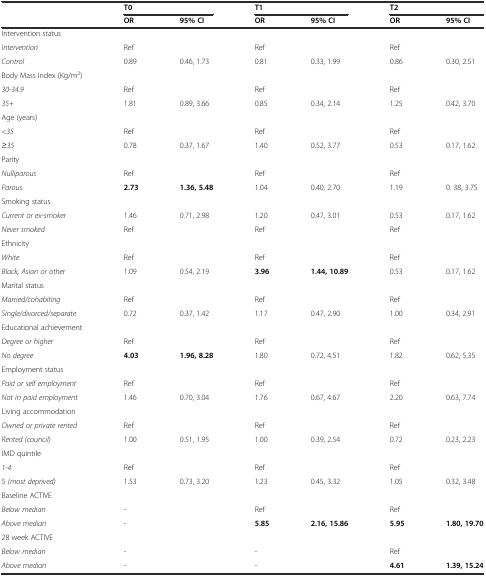
<table><thead><tr><td></td><td colspan="2"><b>T0</b></td><td colspan="2"><b>T1</b></td><td colspan="2"><b>T2</b></td></tr><tr><td></td><td><b>OR</b></td><td><b>95% CI</b></td><td><b>OR</b></td><td><b>95% CI</b></td><td><b>OR</b></td><td><b>95% CI</b></td></tr></thead><tbody><tr><td>Intervention status</td><td></td><td></td><td></td><td></td><td></td><td></td></tr><tr><td><i>Intervention</i></td><td>Ref</td><td></td><td>Ref</td><td></td><td>Ref</td><td></td></tr><tr><td><i>Control</i></td><td>0.89</td><td>0.46, 1.73</td><td>0.81</td><td>0.33, 1.99</td><td>0.86</td><td>0.30, 2.51</td></tr><tr><td>Body Mass Index (Kg/m<sup>2</sup>)</td><td></td><td></td><td></td><td></td><td></td><td></td></tr><tr><td><i>30-34.9</i></td><td>Ref</td><td></td><td>Ref</td><td></td><td>Ref</td><td></td></tr><tr><td><i>35+</i></td><td>1.81</td><td>0.89, 3.66</td><td>0.85</td><td>0.34, 2.14</td><td>1.25</td><td>0.42, 3.70</td></tr><tr><td>Age (years)</td><td></td><td></td><td></td><td></td><td></td><td></td></tr><tr><td><i>&lt;35</i></td><td>Ref</td><td></td><td>Ref</td><td></td><td>Ref</td><td></td></tr><tr><td><i>≥35</i></td><td>0.78</td><td>0.37, 1.67</td><td>1.40</td><td>0.52, 3.77</td><td>0.53</td><td>0.17, 1.62</td></tr><tr><td>Parity</td><td></td><td></td><td></td><td></td><td></td><td></td></tr><tr><td><i>Nulliparous</i></td><td>Ref</td><td></td><td>Ref</td><td></td><td>Ref</td><td></td></tr><tr><td><i>Parous</i></td><td><b>2.73</b></td><td><b>1.36, 5.48</b></td><td>1.04</td><td>0.40, 2.70</td><td>1.19</td><td>0. 38, 3.75</td></tr><tr><td>Smoking status</td><td></td><td></td><td></td><td></td><td></td><td></td></tr><tr><td><i>Current or ex-smoker</i></td><td>1.46</td><td>0.71, 2.98</td><td>1.20</td><td>0.47, 3.01</td><td>0.53</td><td>0.17, 1.62</td></tr><tr><td><i>Never smoked</i></td><td>Ref</td><td></td><td>Ref</td><td></td><td>Ref</td><td></td></tr><tr><td>Ethnicity</td><td></td><td></td><td></td><td></td><td></td><td></td></tr><tr><td><i>White</i></td><td>Ref</td><td></td><td>Ref</td><td></td><td>Ref</td><td></td></tr><tr><td><i>Black, Asian or other</i></td><td>1.09</td><td>0.54, 2.19</td><td><b>3.96</b></td><td><b>1.44, 10.89</b></td><td>0.53</td><td>0.17, 1.62</td></tr><tr><td>Marital status</td><td></td><td></td><td></td><td></td><td></td><td></td></tr><tr><td><i>Married/cohabiting</i></td><td>Ref</td><td></td><td>Ref</td><td></td><td>Ref</td><td></td></tr><tr><td><i>Single/divorced/separate</i></td><td>0.72</td><td>0.37, 1.42</td><td>1.17</td><td>0.47, 2.90</td><td>1.00</td><td>0.34, 2.91</td></tr><tr><td>Educational achievement</td><td></td><td></td><td></td><td></td><td></td><td></td></tr><tr><td><i>Degree or higher</i></td><td>Ref</td><td></td><td>Ref</td><td></td><td>Ref</td><td></td></tr><tr><td><i>No degree</i></td><td><b>4.03</b></td><td><b>1.96, 8.28</b></td><td>1.80</td><td>0.72, 4.51</td><td>1.82</td><td>0.62, 5.35</td></tr><tr><td>Employment status</td><td></td><td></td><td></td><td></td><td></td><td></td></tr><tr><td><i>Paid or self employment</i></td><td>Ref</td><td></td><td>Ref</td><td></td><td>Ref</td><td></td></tr><tr><td><i>Not in paid employment</i></td><td>1.46</td><td>0.70, 3.04</td><td>1.76</td><td>0.67, 4.67</td><td>2.20</td><td>0.63, 7.74</td></tr><tr><td>Living accommodation</td><td></td><td></td><td></td><td></td><td></td><td></td></tr><tr><td><i>Owned or private rented</i></td><td>Ref</td><td></td><td>Ref</td><td></td><td>Ref</td><td></td></tr><tr><td><i>Rented (council)</i></td><td>1.00</td><td>0.51, 1.95</td><td>1.00</td><td>0.39, 2.54</td><td>0.72</td><td>0.23, 2.23</td></tr><tr><td>IMD quintile</td><td></td><td></td><td></td><td></td><td></td><td></td></tr><tr><td><i>1-4</i></td><td>Ref</td><td></td><td>Ref</td><td></td><td>Ref</td><td></td></tr><tr><td>5 <i>(most deprived)</i></td><td>1.53</td><td>0.73, 3.20</td><td>1.23</td><td>0.45, 3.32</td><td>1.05</td><td>0.32, 3.48</td></tr><tr><td>Baseline ACTIVE</td><td></td><td></td><td></td><td></td><td></td><td></td></tr><tr><td><i>Below median</i></td><td>-</td><td></td><td>Ref</td><td></td><td>Ref</td><td></td></tr><tr><td><i>Above median</i></td><td>-</td><td></td><td><b>5.85</b></td><td><b>2.16, 15.86</b></td><td><b>5.95</b></td><td><b>1.80, 19.70</b></td></tr><tr><td>28 week ACTIVE</td><td></td><td></td><td></td><td></td><td></td><td></td></tr><tr><td><i>Below median</i></td><td>-</td><td></td><td>-</td><td></td><td>Ref</td><td></td></tr><tr><td><i>Above median</i></td><td>-</td><td></td><td>-</td><td></td><td><b>4.61</b></td><td><b>1.39, 15.24</b></td></tr></tbody></table>